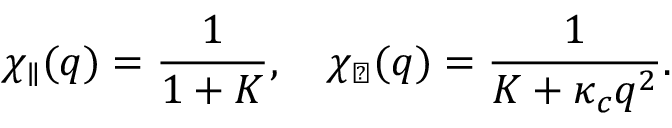
\chi _ { \parallel } ( q ) = \frac { 1 } { 1 + K } , \quad \chi _ { \perp } ( q ) = \frac { 1 } { K + \kappa _ { c } q ^ { 2 } } .